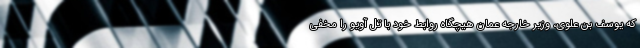
که یوسف بن علوی، وزیر خارجه عمان هیچگاه روابط خود با تل آویو را مخفی